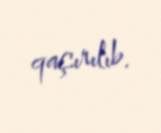
qaçırılıb.